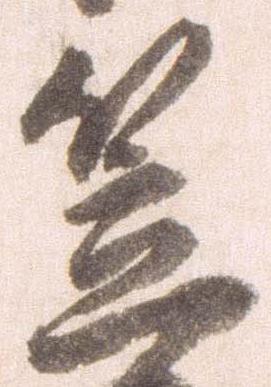
笠